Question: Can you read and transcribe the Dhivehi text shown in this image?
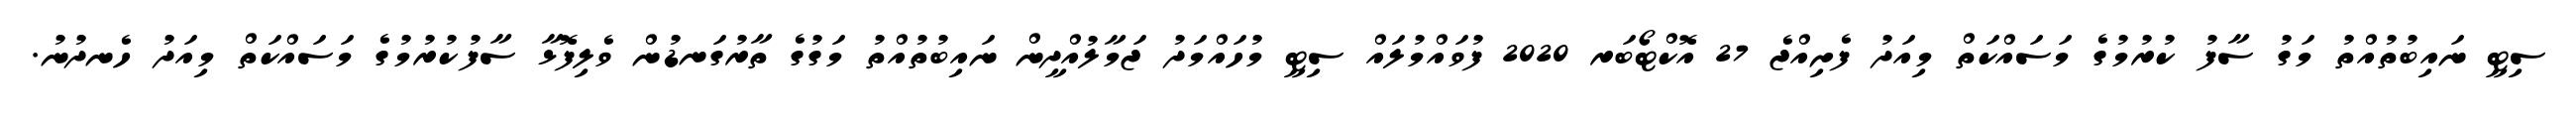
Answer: ސިޓީ ނައިބުތުއްތު މަގު ސާފު ކުރުމުގެ މަސައްކަތް މިއަދު ފެށިއްޖެ 27 އޮކްޓޯބަރ 2020 ފުވައްމުލައް ސިޓީ މުހައްމަދު ޖަމާލުއްދީން ނައިބުތުއްތު މަގުގެ ތާރުގަނޑުން ވެލިފޮޅާ ސާފުކުރުމުގެ މަސައްކަތް މިއަދު ހެނދުނު.